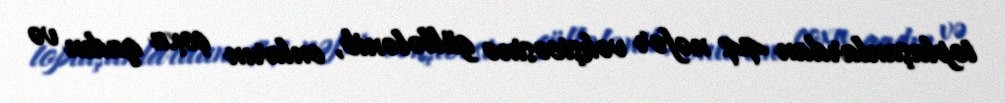
toplaşanlardan 44 nəfər vəhşicəsinə güllələnib, onların çoxu qadın və